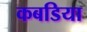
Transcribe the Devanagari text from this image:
कबडिया